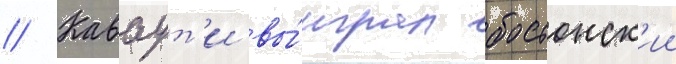
// Каваут'и вы́играл бостонск'ии